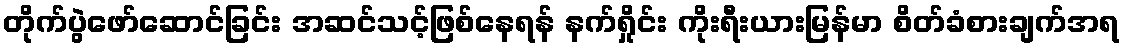
တိုက်ပွဲဖော်ဆောင်ခြင်း အဆင်သင့်ဖြစ်နေရန် နက်ရှိုင်း ကိုးရီးယားမြန်မာ စိတ်ခံစားချက်အရ